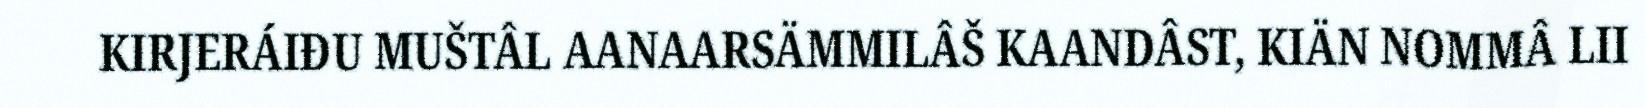
KIRJERÁIĐU MUŠTÂL AANAARSÄMMILÂŠ KAANDÂST, KIÄN NOMMÂ LII